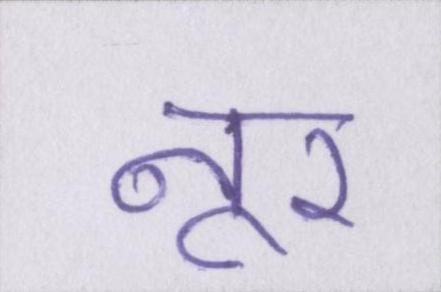
नूर